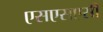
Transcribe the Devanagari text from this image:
एसएसएसी